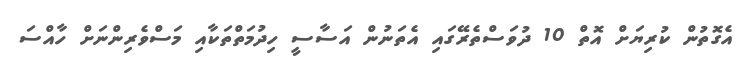
އެގޮތުން ކުރިޔަށް އޮތް 10 ދުވަސްތެރޭގައި އެތަނުން އަސާސީ ހިދުމަތްތަކާއި މަސްވެރިންނަށް ހާއްސަ